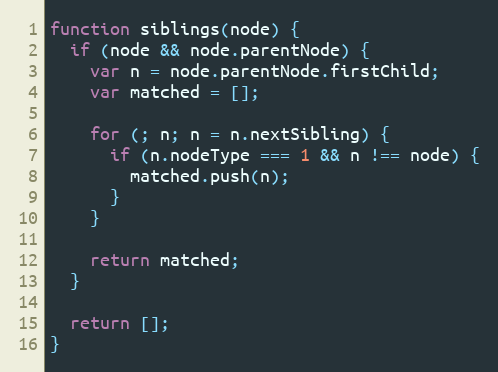
Language: JavaScript
function siblings(node) {
  if (node && node.parentNode) {
    var n = node.parentNode.firstChild;
    var matched = [];

    for (; n; n = n.nextSibling) {
      if (n.nodeType === 1 && n !== node) {
        matched.push(n);
      }
    }

    return matched;
  }

  return [];
}